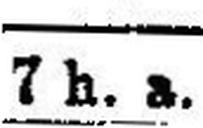
7 h. a.